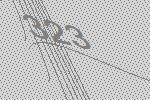
323